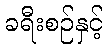
ခရီးစဉ်နှင့်